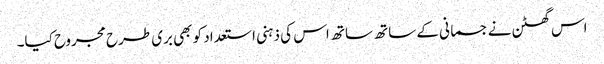
اس گھٹن نے جسمانی کے ساتھ ساتھ اس کی ذہنی استعداد کو بھی بری طرح مجروح کیا۔